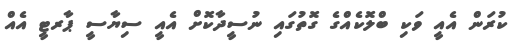
ކުރަން އެއީ ވަކި ބްލޮކެއްގެ ގޮތުގައި ނުސީދާކޮށް އެއީ ސިޔާސީ ޕާރޓީ އެއް